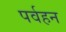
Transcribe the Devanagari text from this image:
पर्वहन